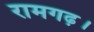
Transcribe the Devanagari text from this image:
रामगढ़।